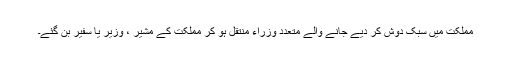
مملکت میں سبک دوش کر دیے جانے والے متعدد وزراء منتقل ہو کر مملکت کے مشیر ، وزیر یا سفیر بن گئے۔